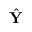
\hat { \mathbf Y }